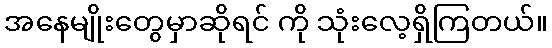
အနေမျိုးတွေမှာဆိုရင် ကို သုံးလေ့ရှိကြတယ်။